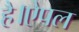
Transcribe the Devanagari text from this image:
है।ऐपल